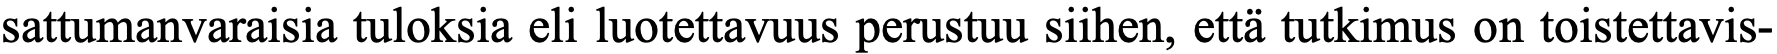
sattumanvaraisia tuloksia eli luotettavuus perustuu siihen, että tutkimus on toistettavis-